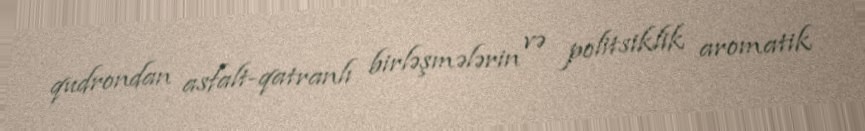
qudrondan asfalt-qatranlı birləşmələrin və politsiklik aromatik